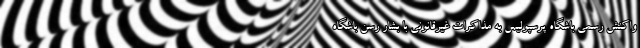
واکنش رسمی باشگاه پرسپولیس به مذاکرات غیرقانونی با بشار رسن باشگاه